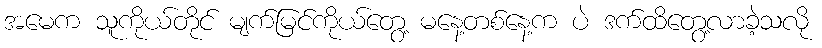
အမေက သူကိုယ်တိုင် မျက်မြင်ကိုယ်တွေ့ မနေ့တစ်နေ့က ပဲ ဒက်ထိတွေ့လာခဲ့သလို